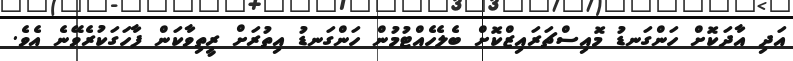
އަދި އާދަކޮށް ހަންގަނޑު މޮއިސްޗަރައިޒްކޮށް ބެލެހެއްޓުމުން ހަންގަނޑު އިތުރަށް ރީތިވާކަން ފާހަގަކުރެވޭނެ އެވެ.